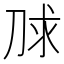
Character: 𰄮